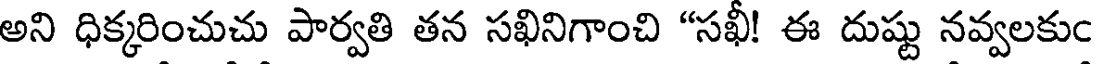
అని ధిక్కరించుచు పార్వతి తన సఖినిగాంచి "సఖీ! ఈ దుష్టు నవ్వలకుం